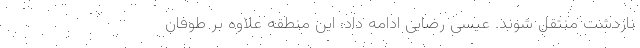
نازدشت منتقل شوند. عیسی رضایی ادامه داد: این منطقه علاوه بر طوفان